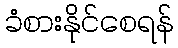
ခံစားနိုင်စေရန်